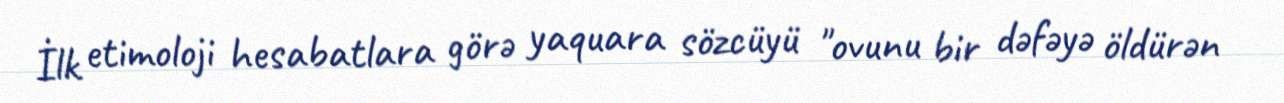
İlk etimoloji hesabatlara görə yaquara sözcüyü "ovunu bir dəfəyə öldürən